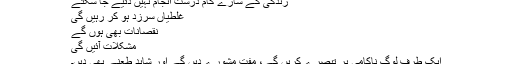
زندگی کے سارے کام درست انجام نہیں دئیے جا سکتے
غلطیاں سرزد ہو کر رہیں گی
نقصانات بھی ہوں گے
مشکلات آئیں گی
ایک طرف لوگ ناکامی پر تبصرے کریں گے، مفت مشورے دیں گے اور شاید طعنے بھی دیں۔